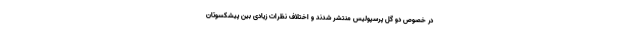
در خصوص دو گل پرسپولیس منتشر شدند و اختلاف نظرات زیادی بین پیشکسوتان